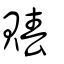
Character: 賰